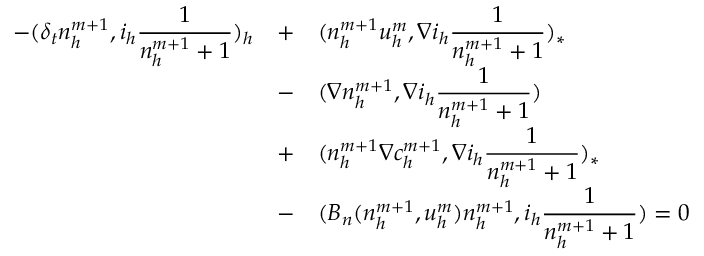
\begin{array} { r c l } { \displaystyle - ( \delta _ { t } n _ { h } ^ { m + 1 } , i _ { h } \frac { 1 } { n _ { h } ^ { m + 1 } + 1 } ) _ { h } } & { + } & { \displaystyle ( n _ { h } ^ { m + 1 } { \boldsymbol u } _ { h } ^ { m } , \nabla i _ { h } \frac { 1 } { n _ { h } ^ { m + 1 } + 1 } ) _ { * } } \\ & { - } & { \displaystyle ( \nabla n _ { h } ^ { m + 1 } , \nabla i _ { h } \frac { 1 } { n _ { h } ^ { m + 1 } + 1 } ) } \\ & { + } & { \displaystyle ( n _ { h } ^ { m + 1 } \nabla c _ { h } ^ { m + 1 } , \nabla i _ { h } \frac { 1 } { n _ { h } ^ { m + 1 } + 1 } ) _ { * } } \\ & { - } & { \displaystyle ( B _ { n } ( n _ { h } ^ { m + 1 } , { \boldsymbol u } _ { h } ^ { m } ) n _ { h } ^ { m + 1 } , i _ { h } \frac { 1 } { n _ { h } ^ { m + 1 } + 1 } ) = 0 } \end{array}